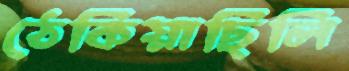
ঠেকিয়াছিলি